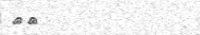
٦٥